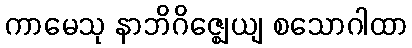
ကာမေသု နာဘိဂိဇ္ဈေယျ စသောဂါထာ